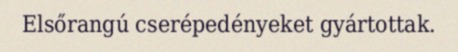
Elsőrangú cserépedényeket gyártottak.